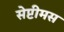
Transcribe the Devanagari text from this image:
सेप्टीमस